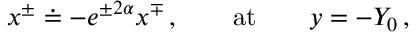
x ^ { \pm } \doteq - e ^ { \pm 2 \alpha } x ^ { \mp } \, , \qquad \mathrm { a t } \qquad y = - Y _ { 0 } \, ,